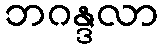
ဘဂန္ဒလာ